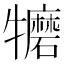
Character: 𱵀